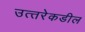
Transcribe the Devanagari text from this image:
उत्‍तरेकडील